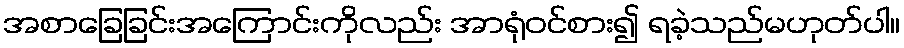
အစာခြေခြင်းအကြောင်းကိုလည်း အာရုံဝင်စား၍ ရခဲ့သည်မဟုတ်ပါ။